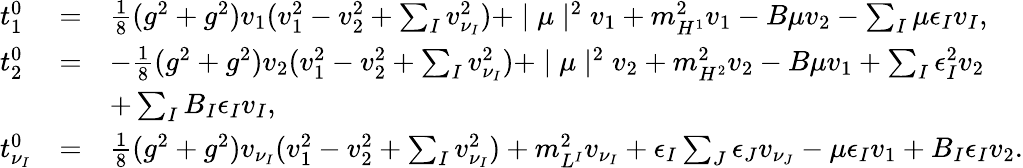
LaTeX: \begin{array}{lll}{{t_{1}^{0}}}&{{=}}&{{\frac{1}{8}(g^{2}+g^{2})v_{1}(v_{1}^{2}-v_{2}^{2}+\sum_{I}v_{\nu_{I}}^{2})+\mid\mu\mid^{2}v_{1}+m_{H^{1}}^{2}v_{1}-B\mu v_{2}-\sum_{I}^{}\mu\epsilon_{I}v_{I},}}\\ {{t_{2}^{0}}}&{{=}}&{{-\frac{1}{8}(g^{2}+g^{2})v_{2}(v_{1}^{2}-v_{2}^{2}+\sum_{I}v_{\nu_{I}}^{2})+\mid\mu\mid^{2}v_{2}+m_{H^{2}}^{2}v_{2}-B\mu v_{1}+\sum_{I}\epsilon_{I}^{2}v_{2}}}\\ {{}}&{{}}&{{+\sum_{I}B_{I}\epsilon_{I}v_{I},}}\\ {{t_{\nu_{I}}^{0}}}&{{=}}&{{\frac{1}{8}(g^{2}+g^{2})v_{\nu_{I}}(v_{1}^{2}-v_{2}^{2}+\sum_{I}v_{\nu_{I}}^{2})+m_{L^{I}}^{2}v_{\nu_{I}}+\epsilon_{I}\sum_{J}\epsilon_{J}v_{\nu_{J}}-\mu\epsilon_{I}v_{1}+B_{I}\epsilon_{I}v_{2}.}}\end{array}